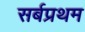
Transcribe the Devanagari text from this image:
सर्बप्रथम